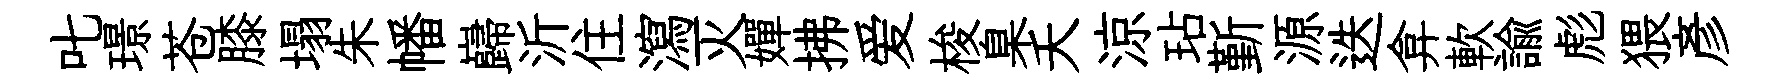
叱璟苍膝塌朱幡巋沂住瀉灭嬋拂爱梭臬夭涼玷斳源迭弇軟諭彪猥彦